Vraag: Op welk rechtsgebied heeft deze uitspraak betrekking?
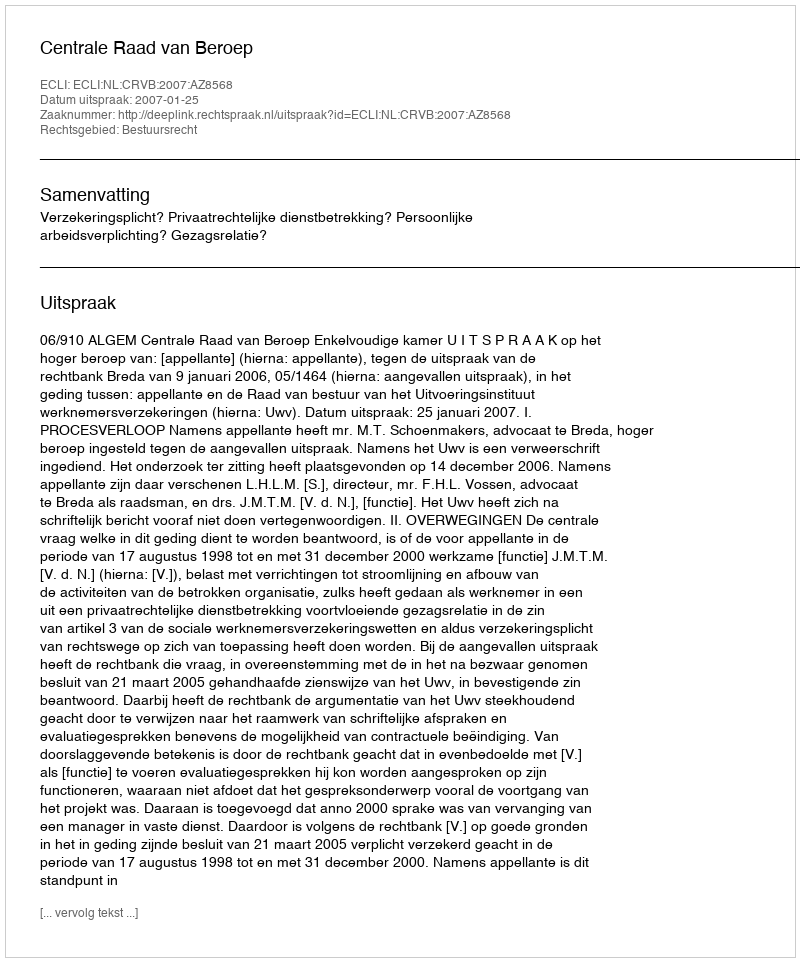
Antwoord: Bestuursrecht